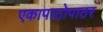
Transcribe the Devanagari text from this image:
एकापाठोपाठर